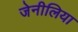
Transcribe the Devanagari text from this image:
जेनीलिया